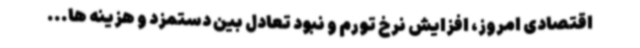
اقتصادی امروز، افزایش نرخ تورم و نبود تعادل بین دستمزد و هزینه ها...